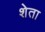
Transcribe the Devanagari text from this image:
शेता